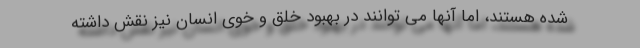
شده هستند، اما آنها می توانند در بهبود خلق و خوی انسان نیز نقش داشته